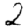
Digit: 2